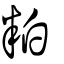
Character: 粕